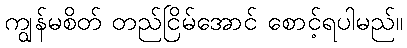
ကျွန်မစိတ် တည်ငြိမ်အောင် စောင့်ရပါမည်။